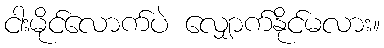
ငါးမိုင်လောက်ပဲ လျှောက်နိုင်မလား။